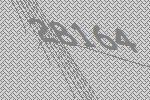
28164